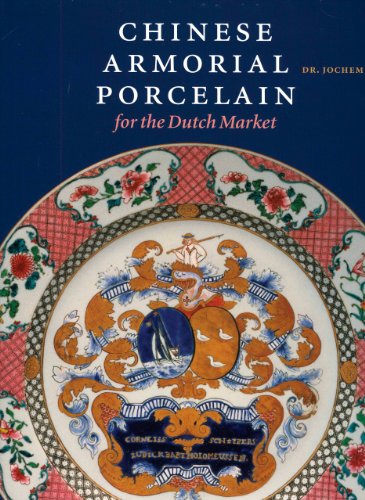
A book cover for Chinese Armorial Porcelain for the Dutch Market; Jochem Kroes; Crafts, Hobbies & Home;